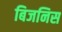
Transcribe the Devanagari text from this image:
बिजनिस